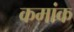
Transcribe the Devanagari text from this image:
कमांक